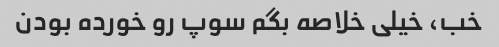
خب، خیلی خلاصه بگم سوپ رو خورده بودن